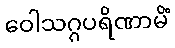
ဝေါသဂ္ဂပရိဏာမိံ